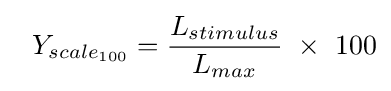
\ \ Y_{scale_{100}}={L_{stimulus} \over L_{max}}\ \times \ 100